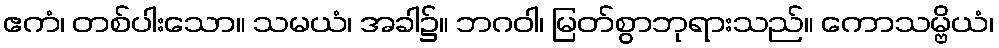
ဧကံ၊ တစ်ပါးသော။ သမယံ၊ အခါ၌။ ဘဂဝါ၊ မြတ်စွာဘုရားသည်။ ကောသမ္ဗိယံ၊